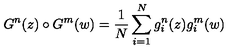
G ^ { n } ( z ) \circ G ^ { m } ( w ) = { \frac { 1 } { N } } \sum _ { i = 1 } ^ { N } g _ { i } ^ { n } ( z ) g _ { i } ^ { m } ( w )